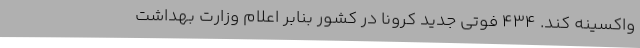
واکسینه کند. ۴۳۴ فوتی جدید کرونا در کشور بنابر اعلام وزارت بهداشت